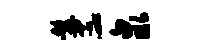
髯蕊泉